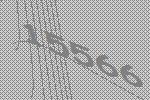
15566